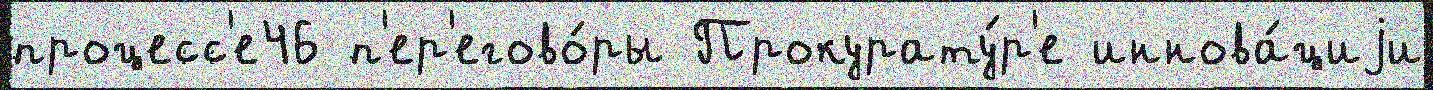
процесс'е46 п'ер'егово́ры Прокурату́р'е иннова́циjи